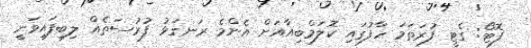
ފޮޓޯ: ގެޓީ ފުރަތަމަ ހާފުގައި ކޮލަމްބިއާއަށް އެންމެ ރަނގަޅު ފުރުސަތެއް ލިބިފައިވަނީ